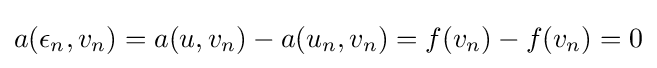
a(\epsilon _{n},v_{n})=a(u,v_{n})-a(u_{n},v_{n})=f(v_{n})-f(v_{n})=0